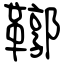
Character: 鞹